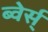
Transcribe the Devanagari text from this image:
ब्वेर्स्